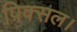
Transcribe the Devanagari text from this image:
पिक्सल।